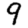
Digit: 9